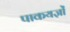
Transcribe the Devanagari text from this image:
पाकयज्ञों